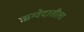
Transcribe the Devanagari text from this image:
ऋग्वेदातीला